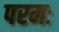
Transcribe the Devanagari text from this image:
परमः